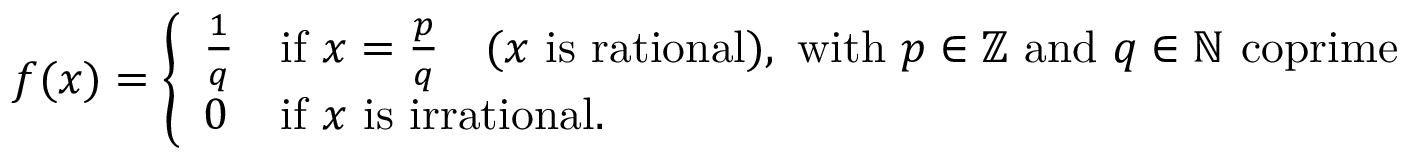
f ( x ) = { \left\{ \begin{array} { l l } { { \frac { 1 } { q } } } & { { \mathrm { i f ~ } } x = { \frac { p } { q } } \quad ( x { \mathrm { ~ i s ~ r a t i o n a l ) , ~ w i t h ~ } } p \in \mathbb { Z } { \mathrm { ~ a n d ~ } } q \in \mathbb { N } { \mathrm { ~ c o p r i m e } } } \\ { 0 } & { { \mathrm { i f ~ } } x { \mathrm { ~ i s ~ i r r a t i o n a l . } } } \end{array} \right. }